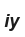
іу